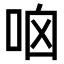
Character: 𠱖